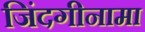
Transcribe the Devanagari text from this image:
जिंदगीनामा